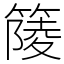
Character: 䉄